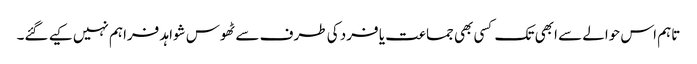
تاہم اس حوالے سے ابھی تک کسی بھی جماعت یا فرد کی طرف سے ٹھوس شواہد فراہم نہیں کیے گئے۔